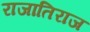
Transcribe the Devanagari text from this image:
राजातिराज